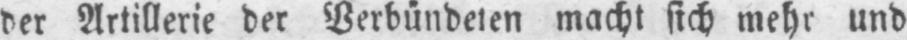
der Artillerie der Verbündeten macht sich mehr und